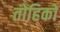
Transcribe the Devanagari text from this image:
तोहिको